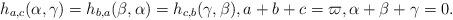
LaTeX: \begin{align*}h_{a,c}(\alpha,\gamma)=h_{b,a}(\beta,\alpha)=h_{c,b}(\gamma,\beta), a+b+c=\varpi,\alpha+\beta+\gamma=0.\end{align*}